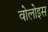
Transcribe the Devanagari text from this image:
वोलोइस